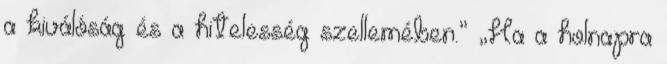
a kiválóság és a hitelesség szellemében.” „Ha a holnapra